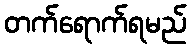
တက်ရောက်ရမည်